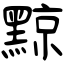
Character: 黥